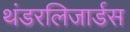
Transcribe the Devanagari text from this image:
थंडरलिजार्डस